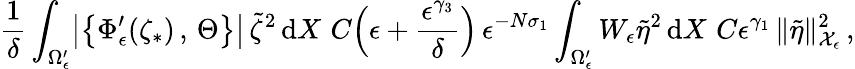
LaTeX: \frac{1}{\delta}\int_{\Omega_{\epsilon}^{\prime}}\bigl|\bigl\{ \Phi_{\epsilon}^{\prime}(\zeta_{*})\, ,\, \Theta\bigr\} \bigr|\, \tilde{\zeta}^{2}\, \mathrm{d}X\, \le\, C\Bigl(\epsilon+\frac{\epsilon^{\gamma_{3}}}{\delta}\Bigr)\, \epsilon^{-N\sigma_{1}}\int_{\Omega_{\epsilon}^{\prime}}W_{\epsilon}\tilde{\eta}^{2}\, \mathrm{d}X\, \le\, C\epsilon^{\gamma_{1}}\, \| \tilde{\eta}\| _{\mathcal{X}_{\epsilon}}^{2}\, ,